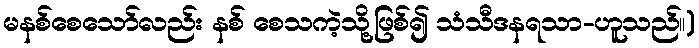
မနစ်စေသော်လည်း နစ် စေသကဲ့သို့ဖြစ်၍ သံသီဒနရသာ-ဟူသည်။)